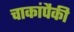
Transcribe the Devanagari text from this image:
चाकांपैकी